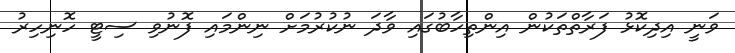
ވަނީ އިދިކޮޅު ފަރާތްތަކުން އިންތިހާބުގައި ވާދަ ނުކުރުމަށް ނިންމައި ފޮނުވި ސިޓީ ހޮނިހިރު